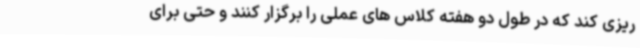
ریزی کند که در طول دو هفته کلاس های عملی را برگزار کنند و حتی برای